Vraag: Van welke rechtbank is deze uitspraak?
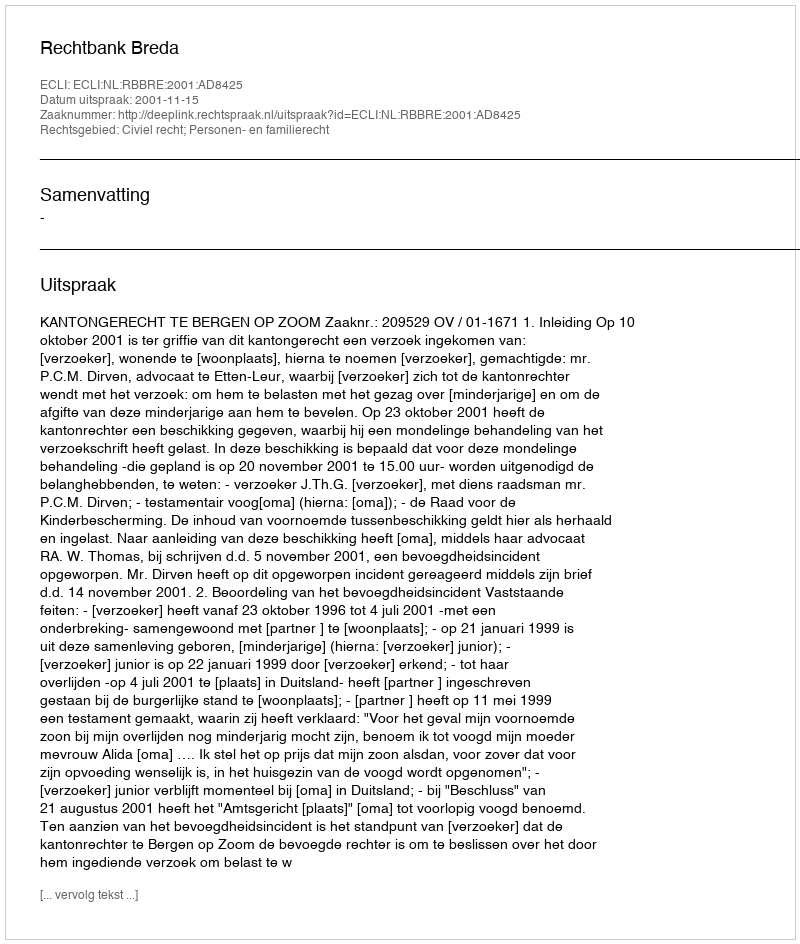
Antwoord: Rechtbank Breda